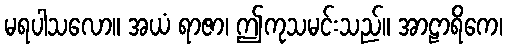
မရပါသလော။ အယံ ရာဇာ၊ ဤကုသမင်းသည်။ အာဠာရိကေ၊